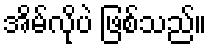
အိမ်လိုပဲ ဖြစ်သည်။